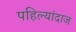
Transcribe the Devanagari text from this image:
पहिल्यांदाज